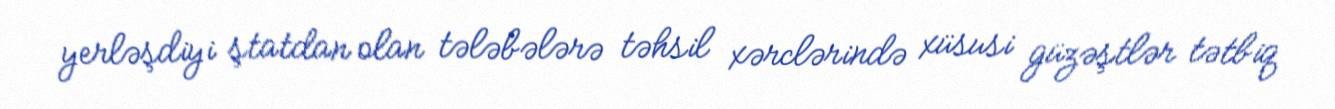
yerləşdiyi ştatdan olan tələbələrə təhsil xərclərində xüsusi güzəştlər tətbiq